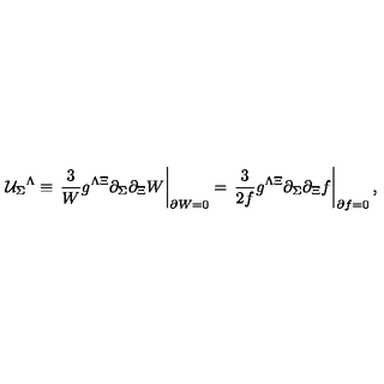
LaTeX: { \cal U } _ { \Sigma } { } ^ { \Lambda } \equiv \left. \frac { 3 } { W } g ^ { \Lambda \Xi } \partial _ { \Sigma } \partial _ { \Xi } W \right| _ { \partial W = 0 } = \left. \frac { 3 } { 2 f } g ^ { \Lambda \Xi } \partial _ { \Sigma } \partial _ { \Xi } f \right| _ { \partial f = 0 } ,